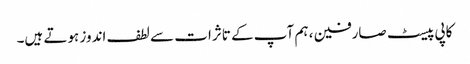
کاپی پیسٹ صارفین ، ہم آپ کے تاثرات سے لطف اندوز ہوتے ہیں۔